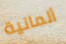
ألمانية